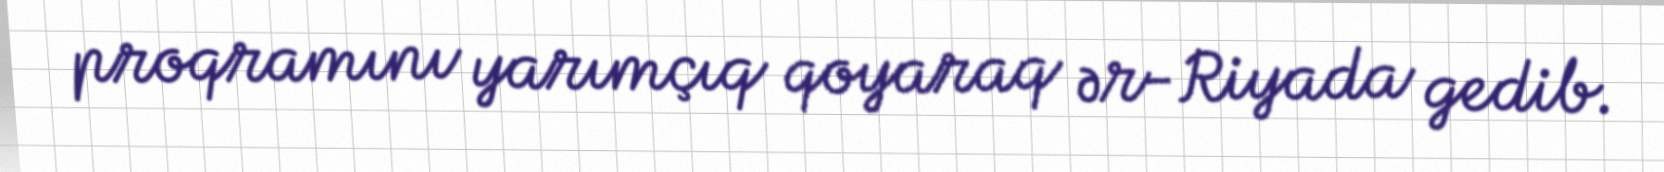
proqramını yarımçıq qoyaraq ər-Riyada gedib.